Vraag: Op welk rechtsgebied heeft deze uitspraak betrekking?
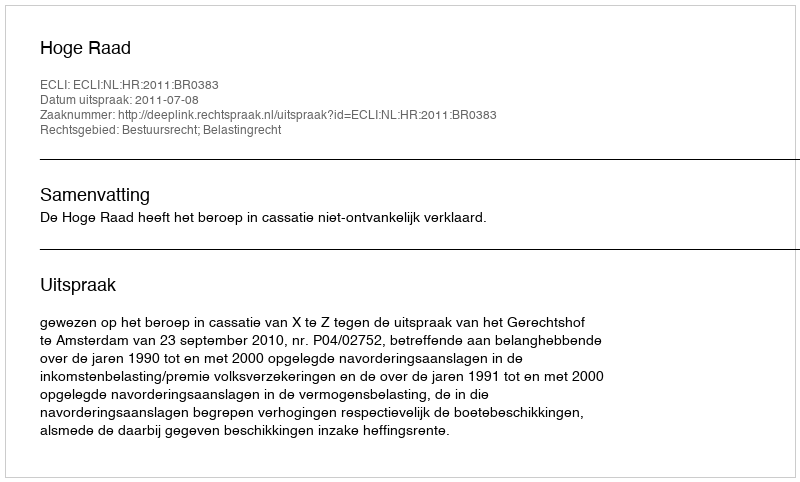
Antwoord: Bestuursrecht; Belastingrecht